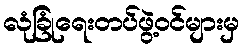
လုံခြုံရေးတပ်ဖွဲ့ဝင်များမှ